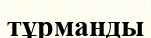
тұрманды